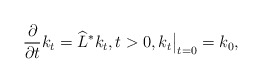
\begin{align*} \frac{\partial}{\partial t} k_t = \widehat{L}^* k_t, t>0, k_t\bigr|_{t=0}=k_0,\end{align*}